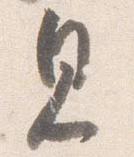
見